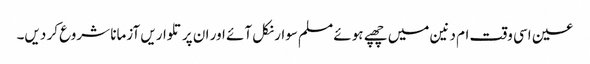
عین اسی وقت ام دنین میں چھپے ہوئے مسلم سوار نکل آئے اور ان پر تلواریں آزمانا شروع کر دیں۔